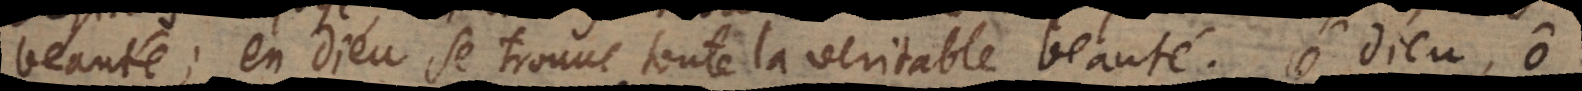
beauté, en Dieu se trouve toute la veritable beauté. Ô Dieu, ô